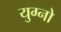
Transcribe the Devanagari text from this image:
युग्नो